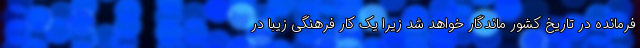
فرمانده در تاریخ کشور ماندگار خواهد شد زیرا یک کار فرهنگی زیبا در